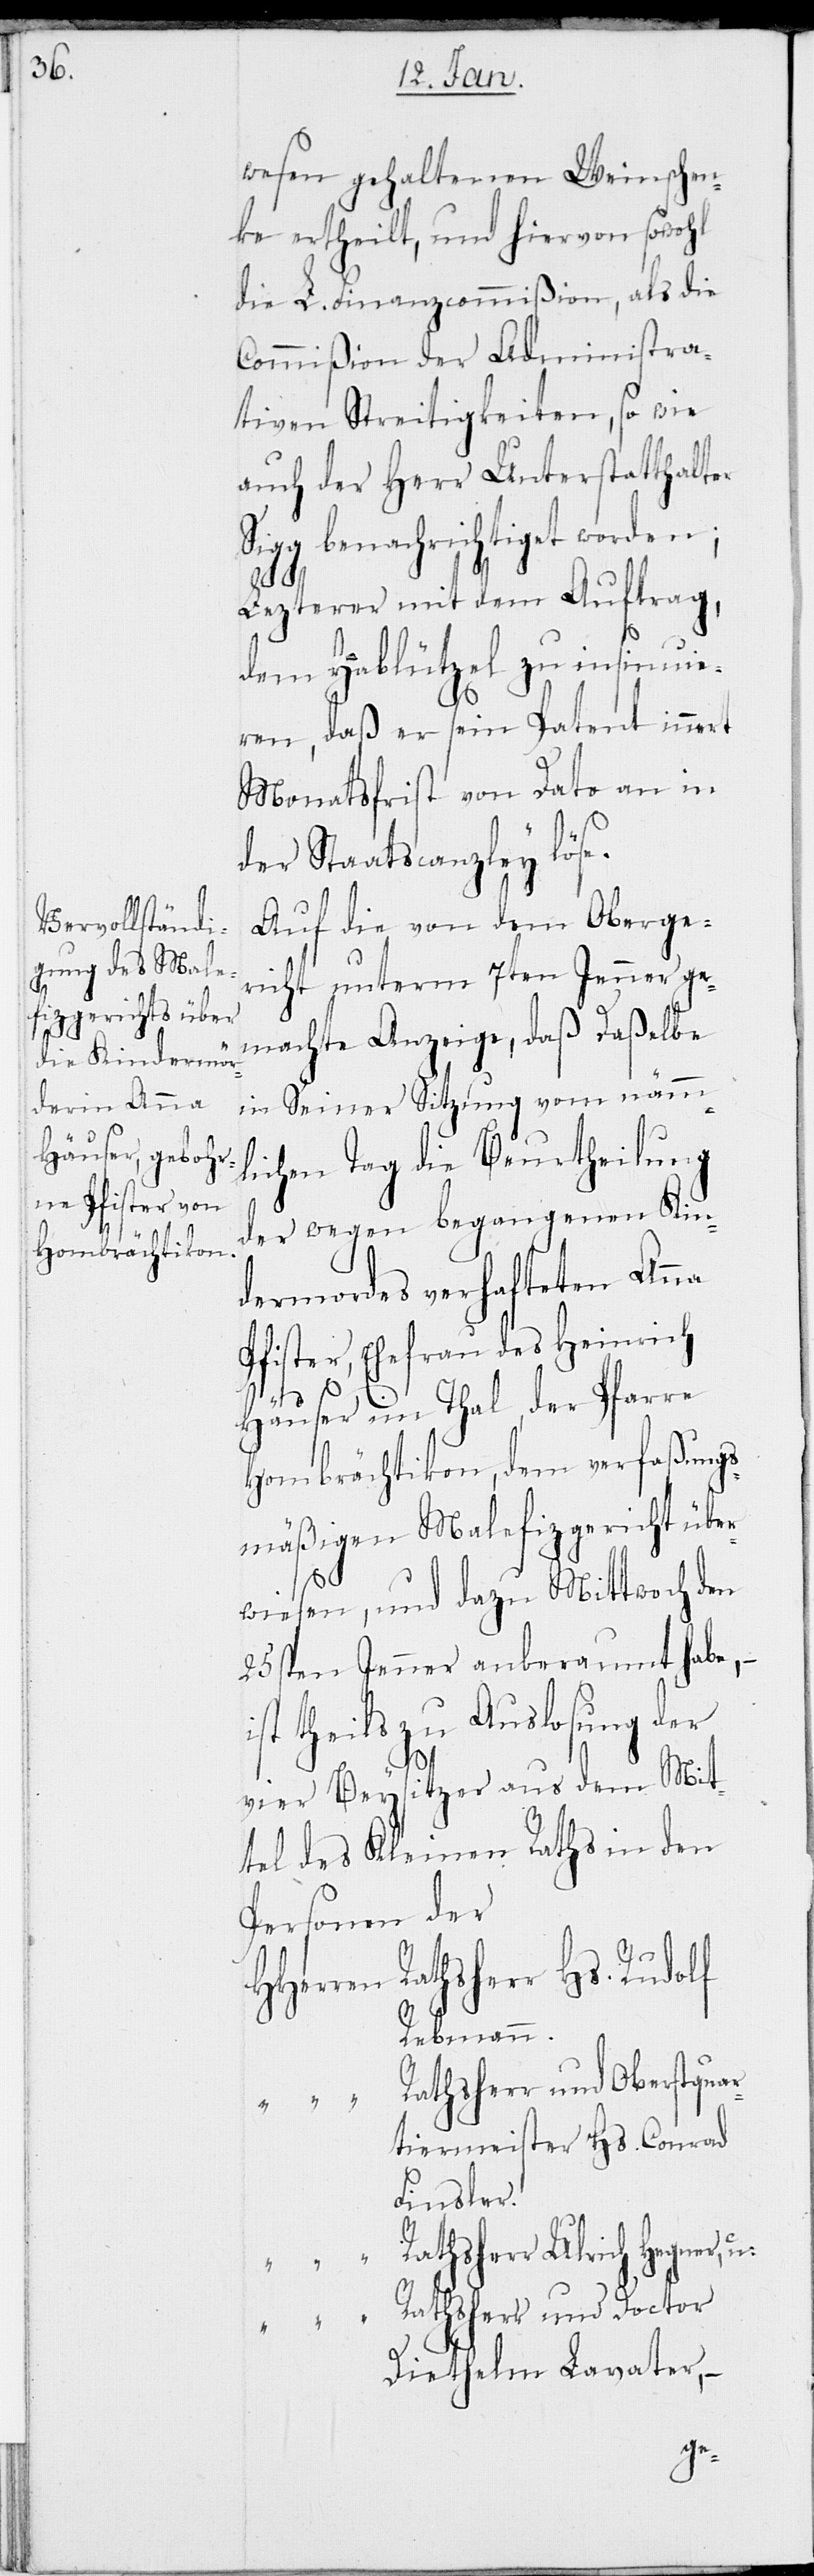
wesen gehaltenen Weinschen¬
ke ertheilt, und hievon sowohl
die L. Finanzcommißion, als die
Commißion der Administra¬
tiven Streitigkeiten, so wie
auch der Herr Unterstatthalter
Sigg benachrichtiget worden;
Lezterer mit dem Auftrag,
dem Hablützel zu insinuie¬
ren, daß er sein Patent innert
Monatsfrist von Dato an in
der Staatskanzley löse.
Auf die von dem Oberge¬
richt unterm 7ten Jenner ge¬
machte Anzeige, daß daßelbe
in Seiner Sitzung vom nämm¬
lichen Tag die Beurtheilung
der wegen begangenen Kin¬
dermordes verhafteten Anna
Pfister, Ehefrau des Heinrich
Häuser im Thal, der Pfarre
Hombrächtikon, dem verfaßungs¬
mäßigen Malefizgericht über¬
wiesen, und dazu Mittwoch den
25sten Jenner anberaumt habe, –
ist theils zu Auslosung der
vier Beysitzer aus dem Mit¬
tel des Kleinen Raths in den
Personen der
Herren Rathsherr Hs. Rudolf
Rebmann
Rathsherr und Oberstquar¬
tiermeister Hs. Conrad
Finsler
Rathsherr Ulrich Hegner,
Rathsherr und Doctor
H¬
Diethelm Lavater, –